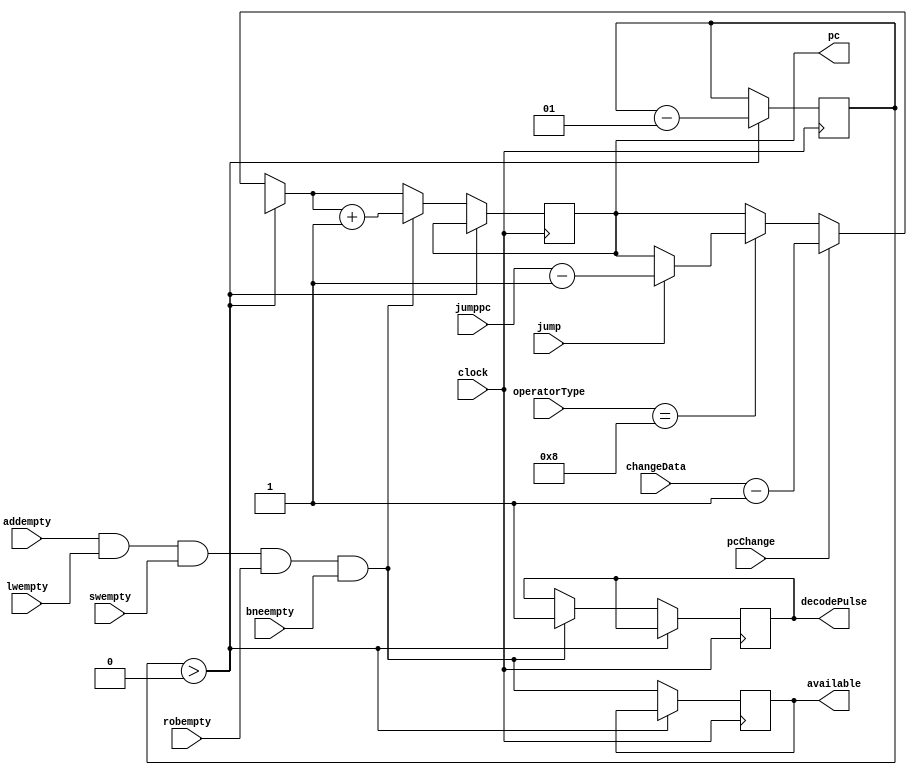
`timescale 10ps / 100fs

module pcControl(
	input wire clock,
	input wire addempty,
	input wire lwempty,
	input wire swempty,
	input wire robempty,
	input wire bneempty,
	input wire[5:0] operatorType,
	
	output reg available,
	output reg[31:0] pc,
	output reg decodePulse,
	
	input wire jump,
	input wire[31:0] jumppc,
	
	input wire pcChange,
	input wire[31:0] changeData
);

parameter bneOp = 6'b001000;

integer count;

initial begin
	pc = {32{1'b1}};
	available = 1'b1;
	decodePulse = 1'b0;
	
	count = 200;
end

/*always @(operatorType) begin
	if (operatorType == bneOp) begin
		pc_bp = pc;
		#0.01
		if (jump == 1) begin
			pc = jumppc;
		end
	end
end*/

always @(posedge clock) begin
	//pc = pc + 1;
	if (count > 0) begin
	    count = count - 1;
	end
	else begin
		available = addempty & lwempty & swempty & robempty & bneempty;
		
		if (pcChange == 1'b1) begin 
			pc = changeData - 1;
		end else 
		begin
			if (operatorType == bneOp) begin
				if (jump == 1) begin
					pc = jumppc - 1;
				end
			end
		end
		if (available == 1) begin
			decodePulse = 1'b0; 
			pc = pc + 1;
			
			decodePulse = 1'b1;
		end
	end
	//$display($time, ": op = %b  pc = %d", operatorType, pc);
end

/*always @(addempty or lwempty or swempty or robempty or pcChange) begin
	if (pcChange == 1'b1) begin
		pc = changeData;
	end else begin
		available = addempty & lwempty & swempty & robempty;
		if (available == 1'b0) begin
			pc = pc-1;
		end
	end
end*/

endmodule